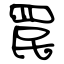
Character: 罠